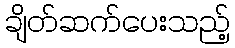
ချိတ်ဆက်ပေးသည့်